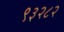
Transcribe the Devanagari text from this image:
९३२८२